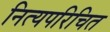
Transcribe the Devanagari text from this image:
नित्यपरिचित